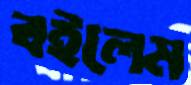
বইলেম